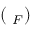
{ \bf \Xi } ( { \bf \Lambda } _ { F } )